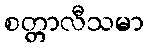
စတ္တာလီသမာ